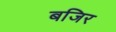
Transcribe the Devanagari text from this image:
बजिर